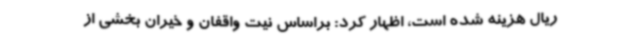
ریال هزینه شده است، اظهار کرد: براساس نیت واقفان و خیران بخشی از